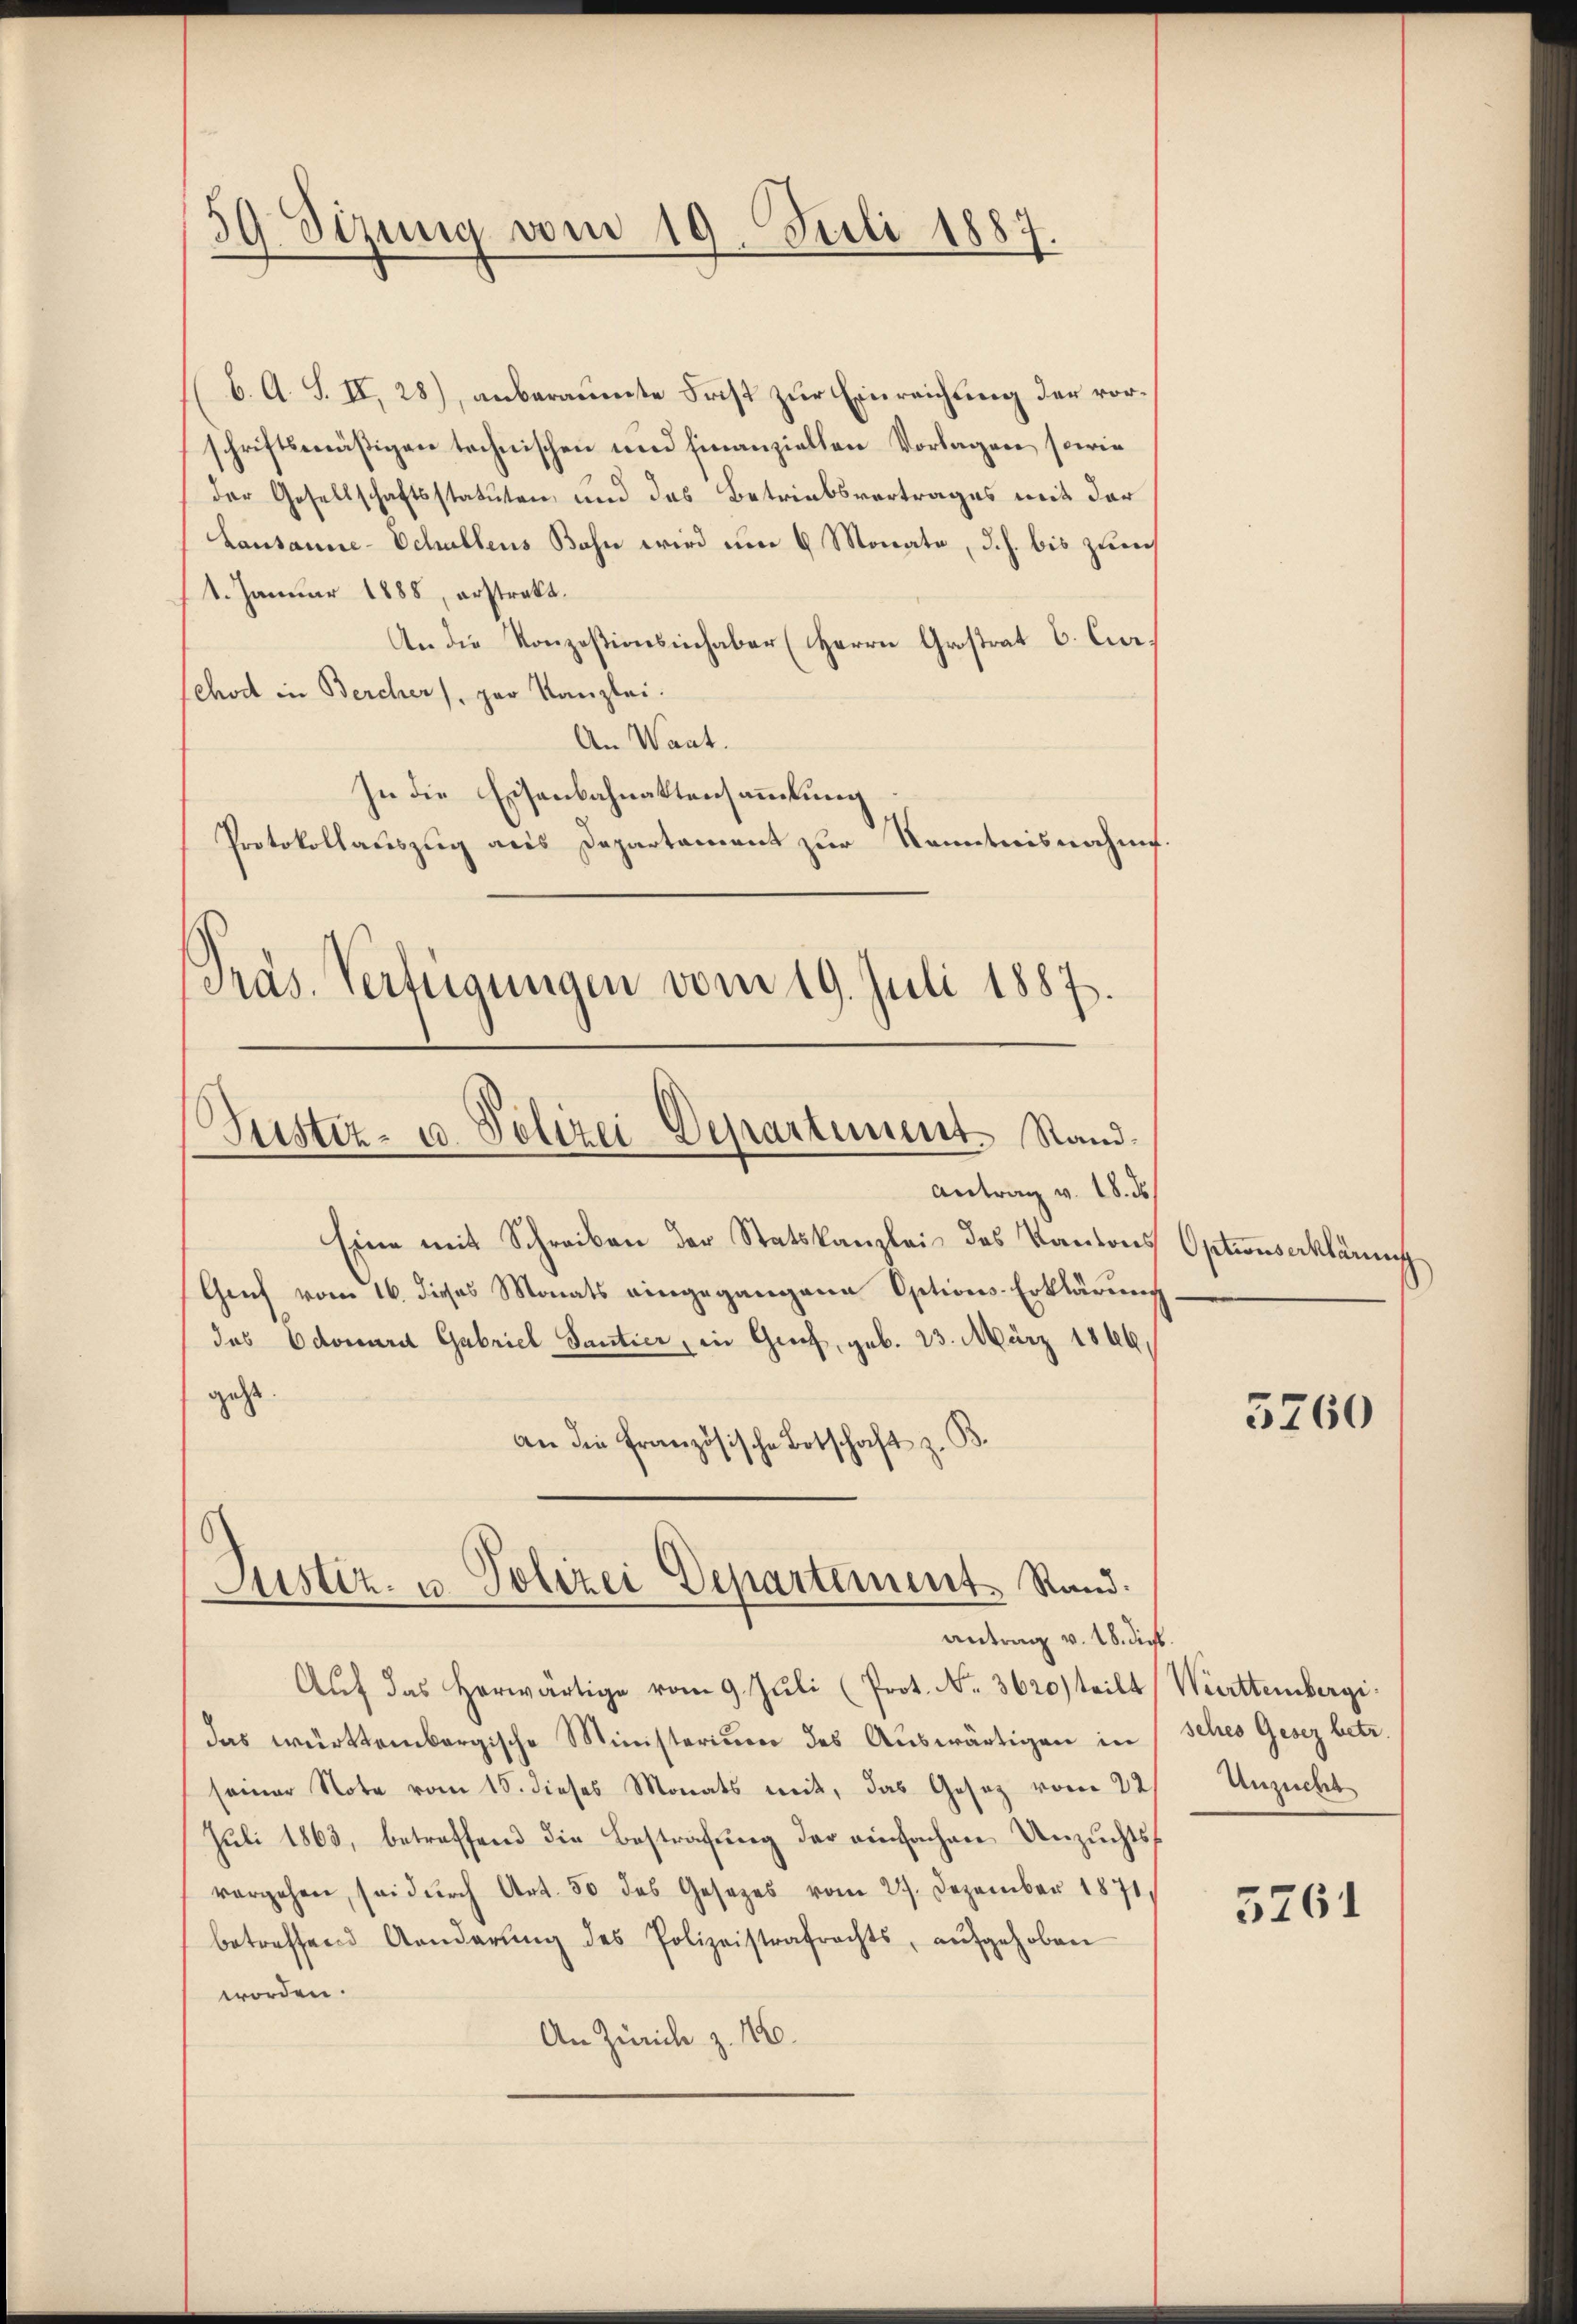
39 Sizung vom 19. Juli 1887.

b. A. S. II, 28), anberaumte Frist zur Einreichung der vorschriftsmäßigen technischen und hinanziellen Vorlagen, sowie
der Gesellschaftsstatuten und des Betriebsvertrages mit der
Lausanne-Schullens Bahn wird um 6 Monate, d. h. bis zurech
1. Januar 1888, erstrakt.
An die Konzesionsinhaber (HHerrn Grostrat C. Cir
Schod in Bercher, par Kanzlei.
An Waat.
In die Eisenbahnaktensammlung
Protokollauszug aus Departament zur Kenntnisnahme.
Präs. Verteigungen vom 19. Juli 1887.
Suster- u Polizei Departement Stand.
Antrag v. 18. ds.
Eine mit Schreiben der Statskanzlei des Kantons
Genf vom 16. dieses Monats eingegangene Options-Erklärung
das Edouard Gabriel Santier, in Graf, geb. 23. März 1866.
geht.
an die französische Botschaft z. B.

.
Justiz- u Polizei Departement Rand:
antrag v. 18. Dieb.

Aŭf das herwärtige vom 9. Jŭli (Prot. No. 3620) teilt Württembergi.
das württembergische Ministerium des Auswärtigen in sches Gesez betr.
seiner Note vom 15. dieses Monats mit, das Gesetz vom 22
Juli 1863, betreffend die Bestrafung der einfachen Unzuchtsvorgehen, sei dŭrch Art. 50 das Gesetzes vom 27. Dezember 1871,
betreffend Anderŭng des Polizeistrafrechts, aŭfgehoben
worden.
An Zürich z. 16.

Optionserklärung

5760

Unzuc

5261